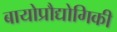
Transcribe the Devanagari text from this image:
बायोप्रौद्योगिकी